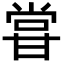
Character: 甞